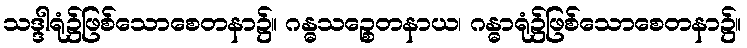
သဒ္ဒါရုံ၌ဖြစ်သောစေတနာ၌။ ဂန္ဓသဉ္စေတနာယ၊ ဂန္ဓာရုံ၌ဖြစ်သောစေတနာ၌။